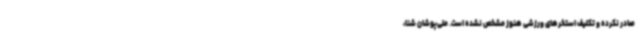
صادر نکرده و تکلیف استخرهای ورزشی هنوز مشخص نشده است. ملی‌پوشان شنا،